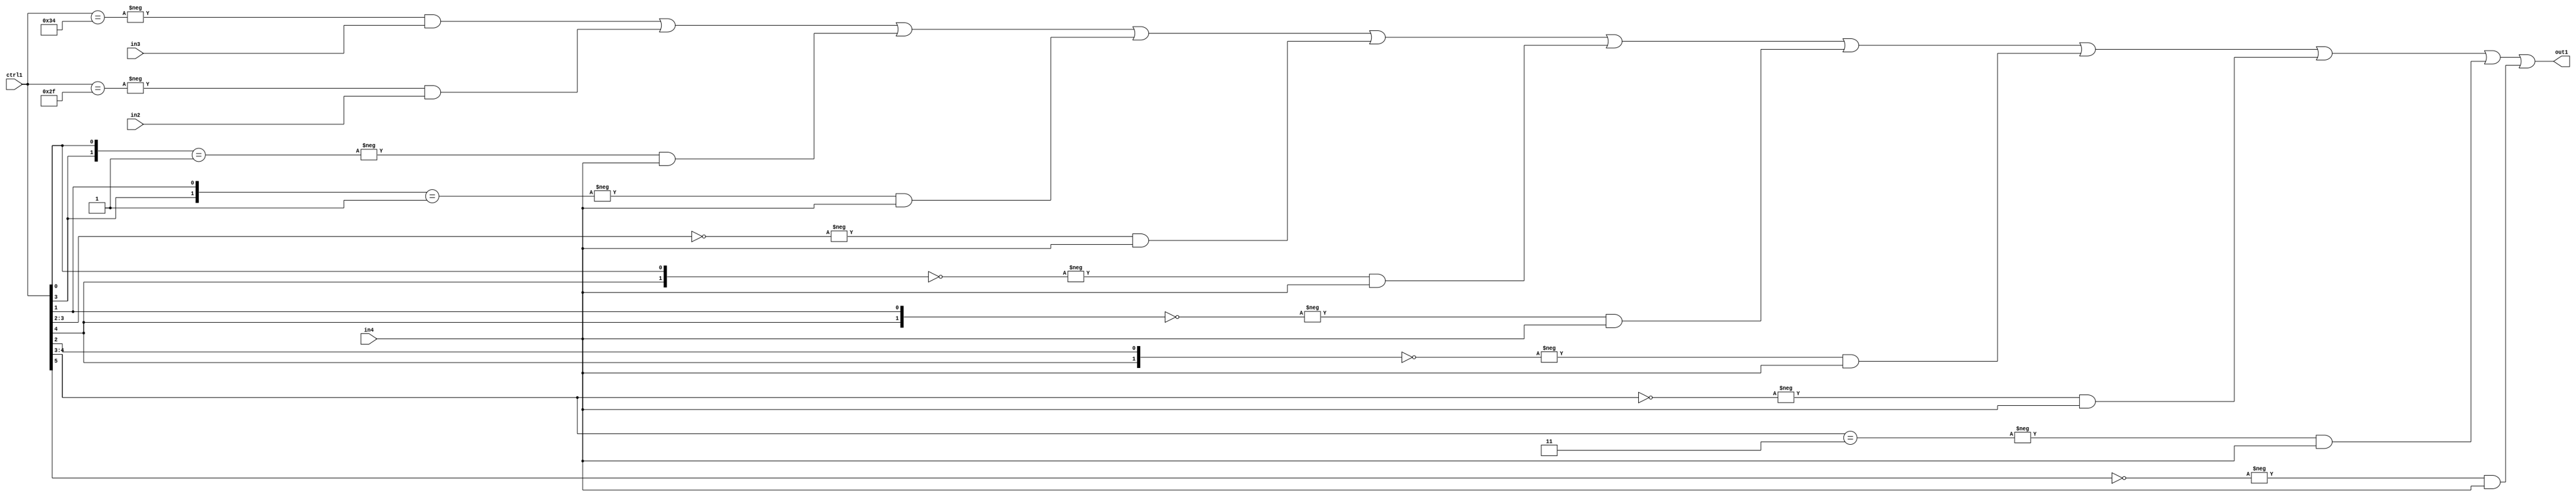
`timescale 1ps / 1ps
/*****************************************************************************
    Verilog RTL Description
    
    
    Created by: Stratus DpOpt 21.05.01 
*******************************************************************************/

module SobelFilter_N_Mux_32_3_74_1 (
	in4,
	in3,
	in2,
	ctrl1,
	out1
	); /* architecture "behavioural" */ 
input [31:0] in4;
input [8:0] in3,
	in2;
input [5:0] ctrl1;
output [31:0] out1;
wire [31:0] asc001;

assign asc001 = 
	-{ctrl1 == 6'B110100} & in3 |
	-{ctrl1 == 6'B101111} & in2 |
	-{{ctrl1[3], ctrl1[0]} == 2'B01} & in4 |
	-{{ctrl1[3], ctrl1[1]} == 2'B01} & in4 |
	-{ctrl1[3:2] == 2'B00} & in4 |
	-{{ctrl1[4], ctrl1[0]} == 2'B00} & in4 |
	-{{ctrl1[4], ctrl1[1]} == 2'B00} & in4 |
	-{{ctrl1[4], ctrl1[2]} == 2'B00} & in4 |
	-{ctrl1[4:3] == 2'B00} & in4 |
	-{ctrl1[4:3] == 2'B11} & in4 |
	-{ctrl1[5] == 1'B0} & in4 ;

assign out1 = asc001;
endmodule

/* CADENCE  vbP1Qgs= : u9/ySxbfrwZIxEzHVQQV8Q== ** DO NOT EDIT THIS LINE ******/